Annual report of the Imperial Bacteriological Laboratory, Muktesar
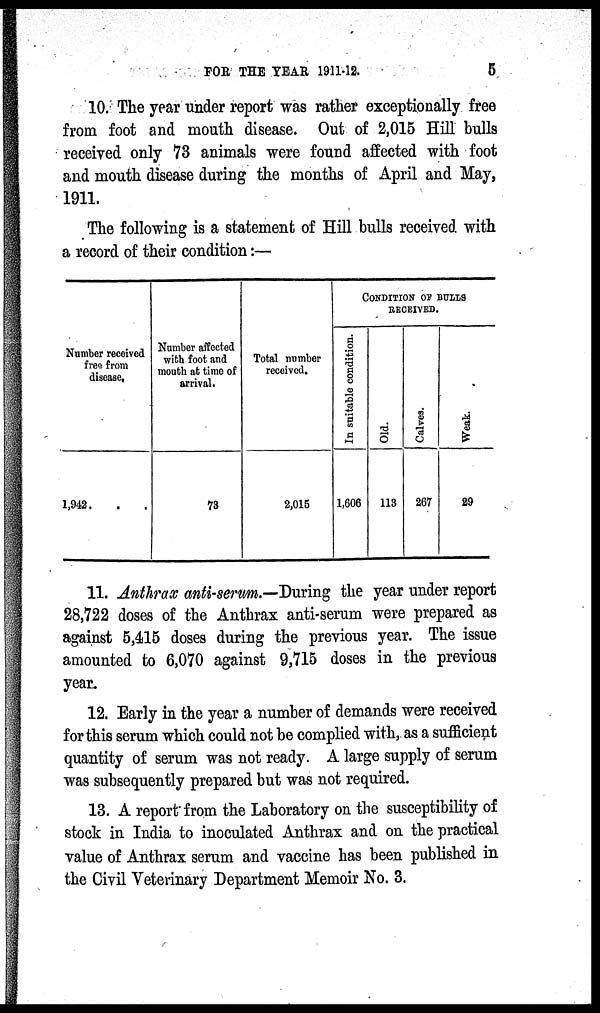
FOR THE YEAR 1911-12.
5
10. The year under report was rather exceptionally free
from foot and mouth disease. Out of 2,015 Hill bulls
received only 73 animals were found affected with foot
and mouth disease during the months of April and May,
1911.
The following is a statement of Hill bulls received with
a record of their condition :—
Number received
free from
disease.
1,942
Number affected
with foot and
mouth at time of
arrival.
73
Total number
received.
2,015
CONDITION OF BULLS
RECEIVED.
In suitable condition.
1,606
Ol d.
113
Cal ves .
267
We a k.
29
11. Anthrax anti-serum.—During the year under report
28,722 doses of the Anthrax anti-serum were prepared as
against 5,415 doses during the previous year. The issue
amounted to 6,070 against 9,715 doses in the previous
year.
12. Early in the year a number of demands were received
for this serum which could not be complied with, as a sufficient
quantity of serum was not ready. A large supply of serum
was subsequently prepared but was not required.
13. A report from the Laboratory on the susceptibility of
stock in India to inoculated Anthrax and on the practical
value of Anthrax serum and vaccine has been published in
the Civil Veterinary Department Memoir No. 3.